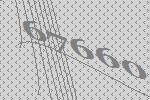
67660